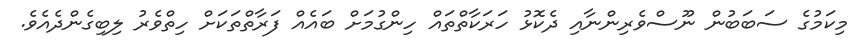
މިކަމުގެ ސަބަބުން ނޫސްވެރިންނާއި ދެކޮޅު ހަރަކާތްތައް ހިންގުމަށް ބައެއް ފަރާތްތަކަށް ހިތްވެރު ލިބިގެންދެއެވެ.